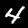
Label: 4